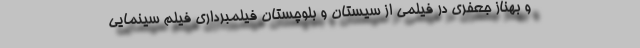
و بهناز جعفری در فیلمی از سیستان و بلوچستان فیلمبرداری فیلم سینمایی